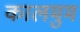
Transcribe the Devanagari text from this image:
कालमुम